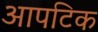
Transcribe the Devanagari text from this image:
आपटिक